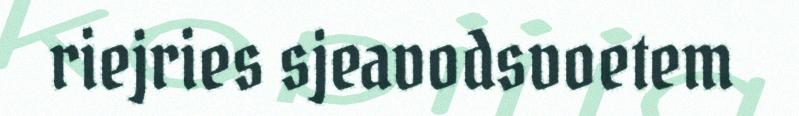
riejries sjeavodsvoetem